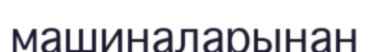
машиналарынан